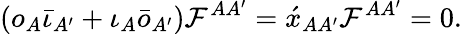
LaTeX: (o_{A}\bar{\iota}_{A^{\prime}}+\iota_{A}\bar{o}_{A^{\prime}}){\cal F}^{AA^{\prime}}=\acute{x}_{AA^{\prime}}{\cal F}^{AA^{\prime}}=0.